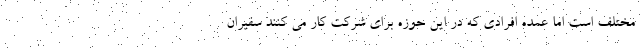
مختلف است اما عمده افرادی که در این حوزه برای شرکت کار می کنند سفیران